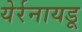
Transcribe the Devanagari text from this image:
येर्रनायडू